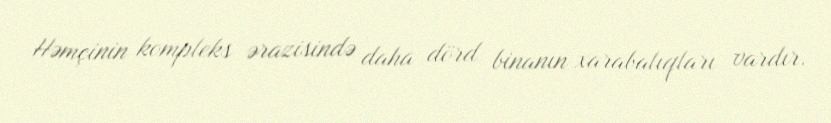
Həmçinin kompleks ərazisində daha dörd binanın xarabalıqları vardır.